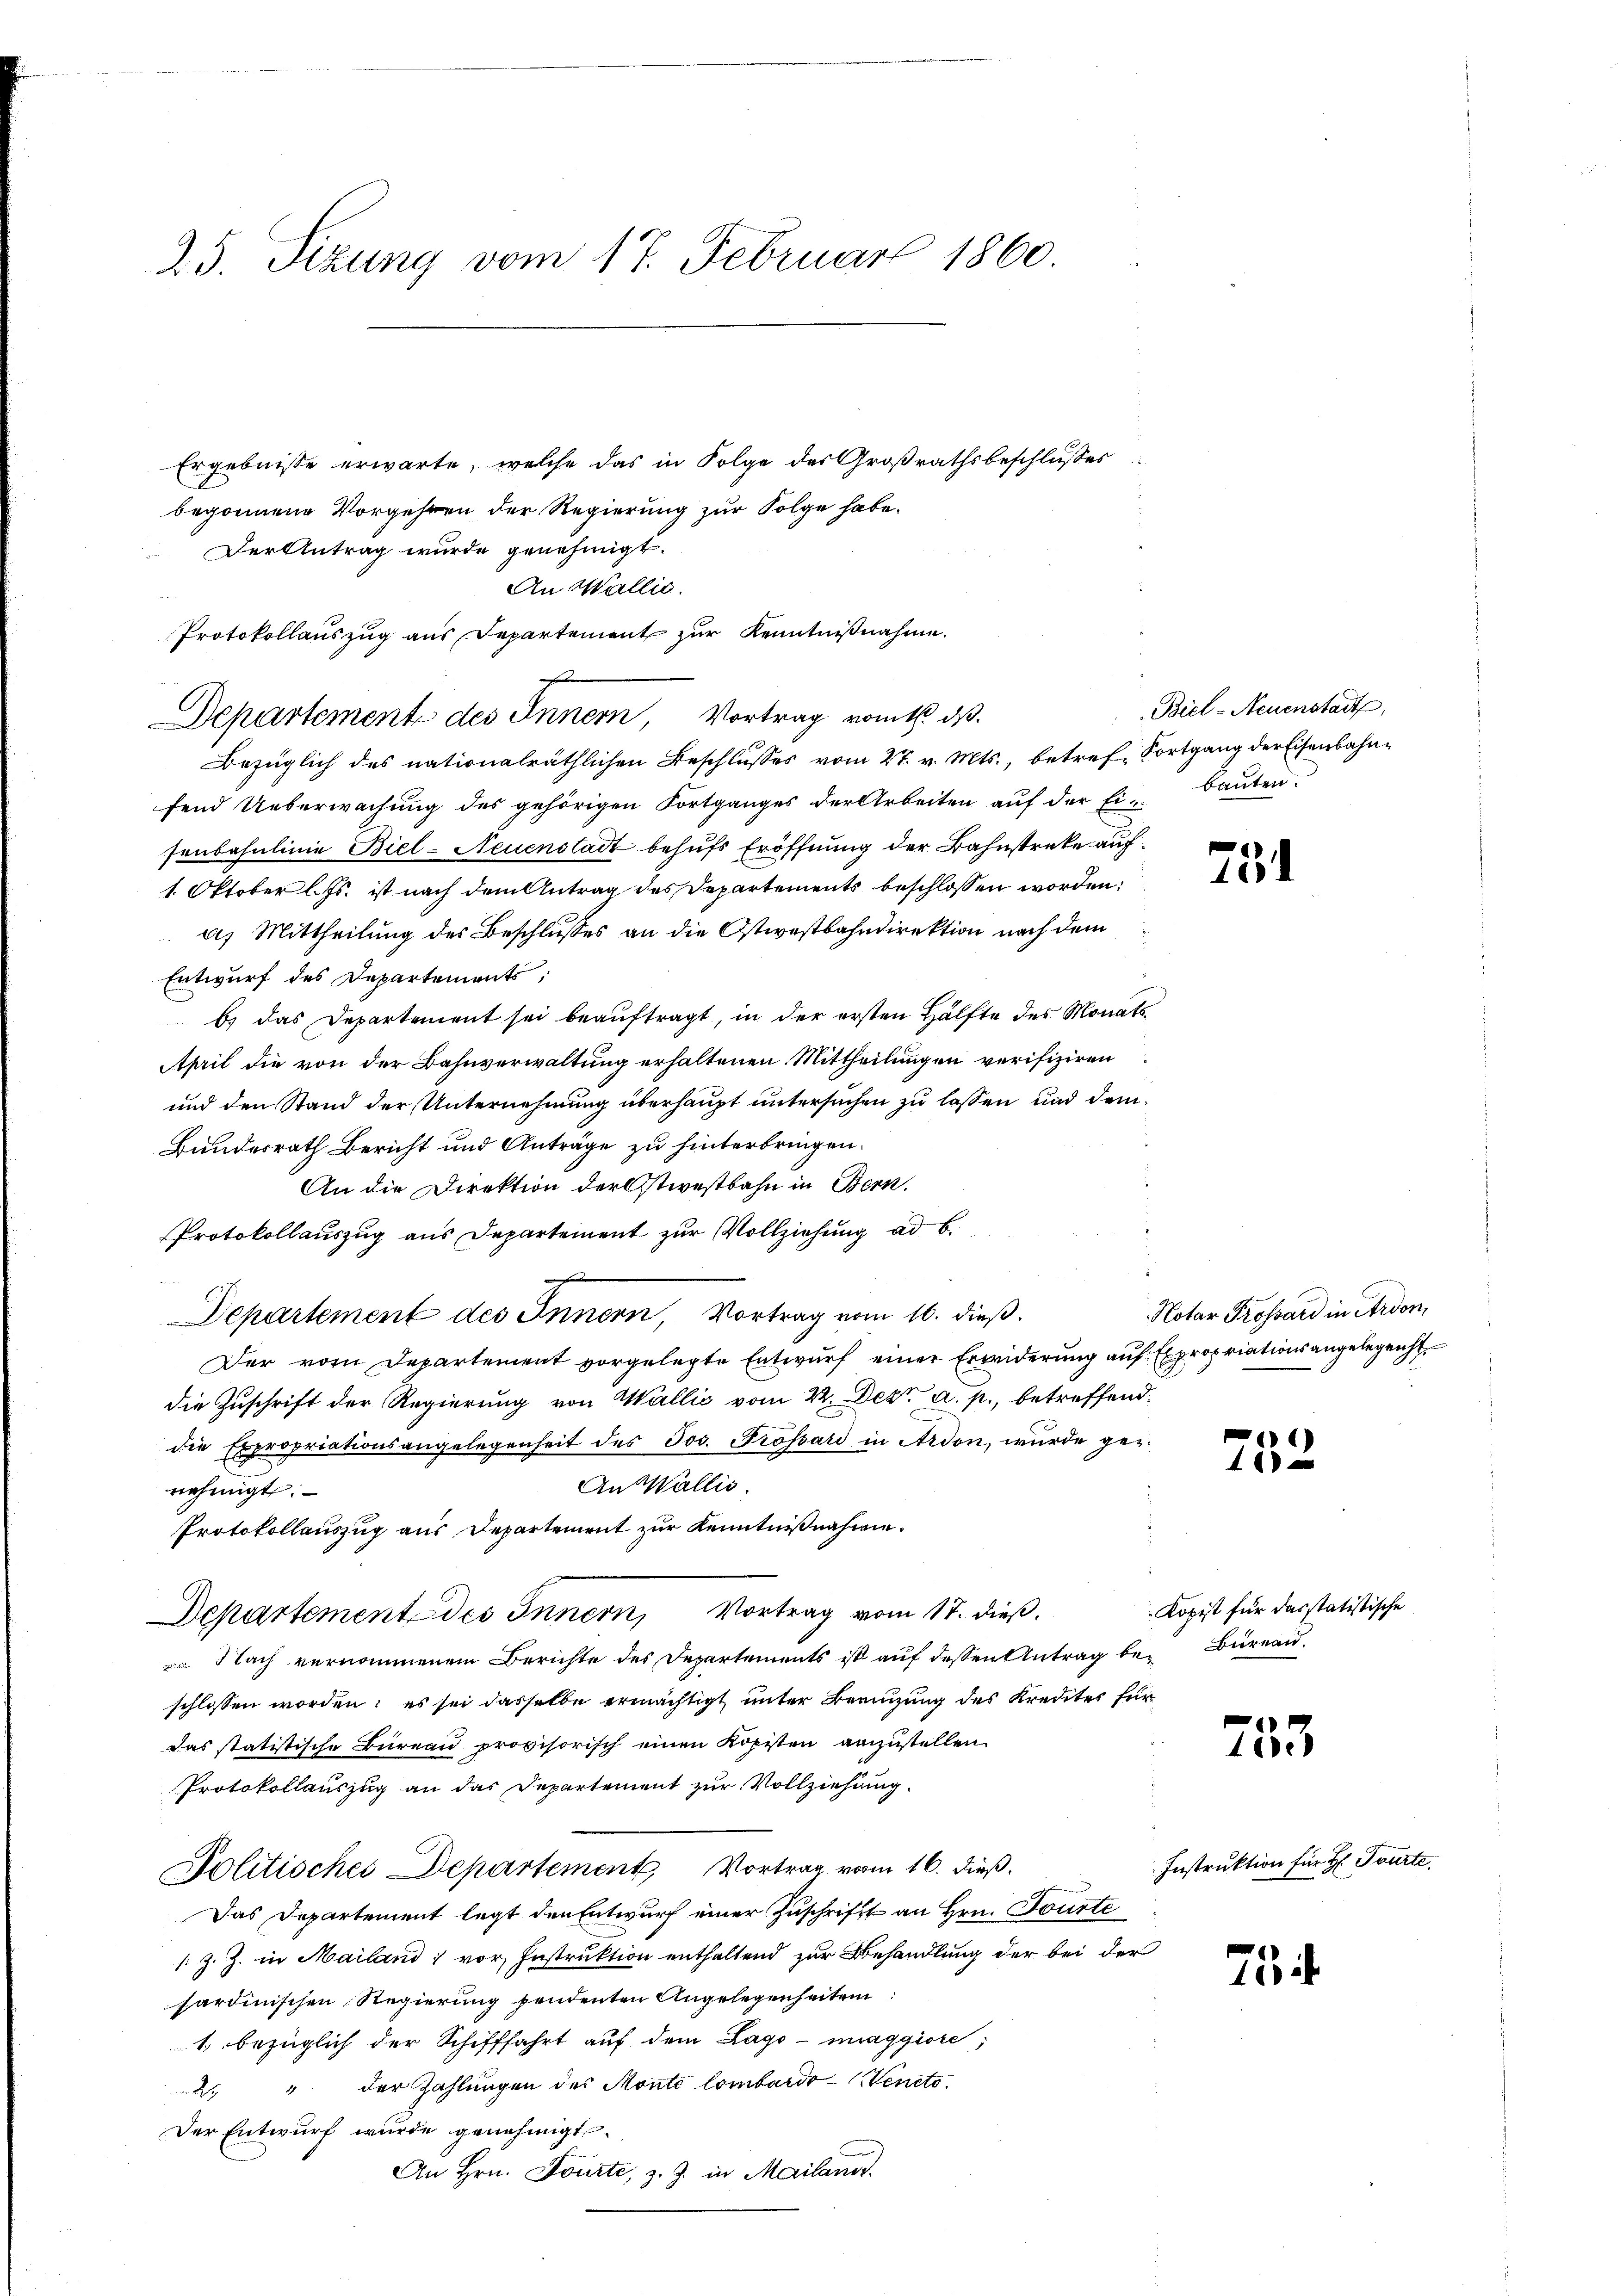
25. Sizung vom 17. Februar 1860.

Ergebnisse erwarte, welche das in Folge des Großrathsbeschlusses
begonnene Vorgehren der Regierung zur Folge habe.
Der Antrag wurde genehmigt.
An Wallić.
Protokollauszug aus Departement zur Kenntnißnahme.
Bezüglich des nationalräthlichen Beschlusses vom 27. v. Mts., betref Fortgang der Eisenbahnfend Ueberwachung des gehörigen Fortganges der Arbeiten auf der Einbauten.
senbahnlinie Biel-Neuenstadt behufs Eröffnung der Bahnstreke auf
1. Oktober l. Js. ist nach dem Antrag des Departements beschlossen worden:
a) Mittheilung des Beschlusses an die Ostwestbahndirektion nach dem
Entwurf des Departements,
b) das Departement sei beauftragt, in der ersten Hälfte des Monats
April die von der Bahnverwaltung erhaltenen Mittheilungen verifiziren
und den Stand der Unternehmung überhaupt untersuchen zu lassen und dem¬
Bundesrath Bericht und Anträge zu hinterbringen.
An die Direktion der stiestbahn in Bern,
Protokollauszug aus Departement zur Vollziehung ad b.

Departement des Innern, Vortrag vom 16. dieß.
Der vom Departement vorgelegte Entwurf einer Erwiderung auf Expropriationsangelegenst
die Zuschrift der Regierung von Wallić vom 22. Dez. a. p., betreffend
die Expropriationsangelegenheit des Jos. Prossard in Ardon, wurde ge¬
An Wallis.
nehmigt:
Protokollauszug aus Departement zur Kenntnißnahme.
Departement des Innern, Vortrag vom 17. dieß.
 Nach vernommenem Berichte des Departements ist auf dessen Antrag bei Büreau.
schlossen worden; es sei dasselbe ermächtigt unter Breizung des Kredites für
Das statistische Büreau provisorisch einen Kopisten anzustellen
Protokollauszug an das Departement zur Vollziehung
Politisches Departement, Vortrag vom 16. dieß.
Das Departement legt den Entwurf einer Zuschrift an Hrn. Tourte
/. z. Z. in Mailand; vor Instruktion enthaltend zur Behandlung der bei der
sardinischen Regierung sendenten Angelegenheiten
1. bezüglich der Schifffahrt auf dem Lago maggiore,
2. " der Zahlungen des Monte lombardo-Veneto
Der Entwurf wurde genehmigt.
An Hrn. Tourte, z. Z. in Mailands

1
Departement des Innern, Vortrag vom 1. ds.

Biel-Neuenstadt,

Notar Trossard in Ardon,

Kopist für das statistische

754

752

753

75

Instruktion für H. Tourte